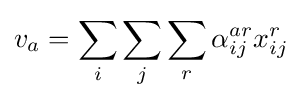
v_{a}=\sum _{i}{\sum _{j}{\sum _{r}{\alpha _{ij}^{ar}x_{ij}^{r}}}}